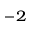
^ { - 2 }